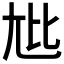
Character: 𫵏